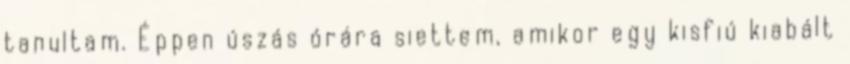
tanultam. Éppen úszás órára siettem, amikor egy kisfiú kiabált